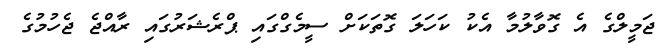
ޖަމީލްގެ އެ ގޮވާލުމާ އެކު ކަހަލަ ގޮތަކަށް ސީމެގްގައި ޕްރެޝަރުގައި ރާއްޖެ ޖެހުމުގެ